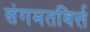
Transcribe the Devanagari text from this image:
संगमतविर्त्त